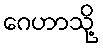
ဂေဟာသို့